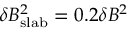
\delta B _ { \mathrm { s l a b } } ^ { 2 } = 0 . 2 \delta B ^ { 2 }